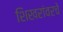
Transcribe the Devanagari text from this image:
शिखरांवरचे